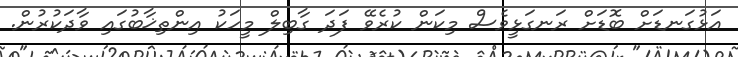
އަޅުގަނޑަށް ބޮޑަށް ރަނގަޅީވެސް މިކަން ކުރެވޭ ފަދަ ގާބިލް މީހަކު އިންތިޚާބުގައި ވާދަކުރުން.